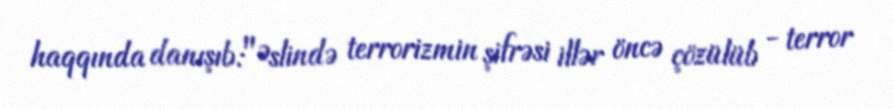
haqqında danışıb:"Əslində terrorizmin şifrəsi illər öncə çözülüb - terror